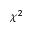
\chi ^ { 2 }